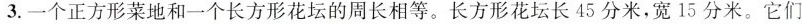
3.一个正方形菜地和一个长方形花坛的周长相等。长方形花坛长45分米，宽15分米。它们